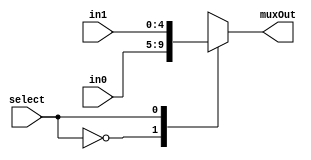
//IF select is 0 then muxout is in0. IF select is 1 then muxout is in1. 
module mux2to1_5bits(input [4:0] in0, input [4:0] in1, input select, output reg [4:0] muxOut);
    //Write Your Code Here
	 always@(in0, in1, select)
    begin
        case(select)
            1'b0: muxOut = in0;
            1'b1: muxOut = in1;
        endcase
    end
endmodule